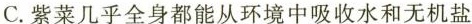
C.紫菜几乎全身都能从环境中吸收水和无机盐